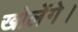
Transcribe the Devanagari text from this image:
खोलेंगे।